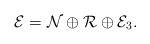
LaTeX: \begin{align*} \mathcal{E} = \mathcal{N} \oplus \mathcal{R} \oplus \mathcal{E}_3.\end{align*}